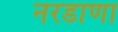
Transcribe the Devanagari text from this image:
नरडाणा